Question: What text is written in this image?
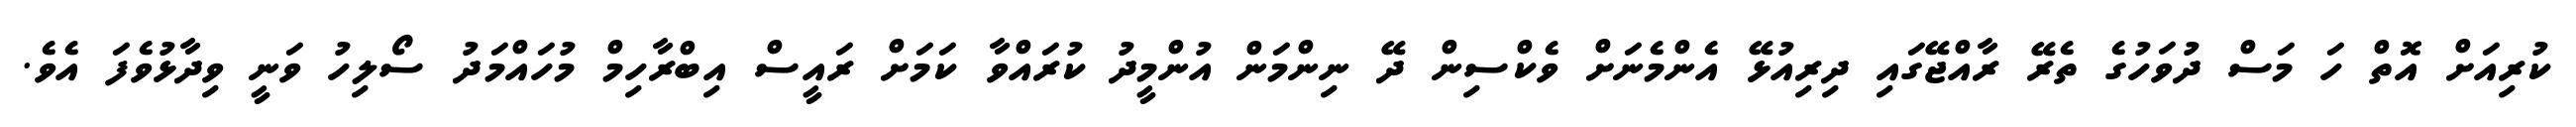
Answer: ކުރިއަށް އޮތް ހަ މަސް ދުވަހުގެ ތެރޭ ރާއްޖޭގައި ދިރިއުޅޭ އެންމެނަށް ވެކްސިން ދޭ ނިންމަން އުންމީދު ކުރައްވާ ކަމަށް ރައީސް އިބްރާހިމް މުހައްމަދު ސޯލިހު ވަނީ ވިދާޅުވެފަ އެވެ.